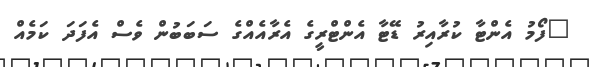
"ފޯމު އެންޓާ ކުރާއިރު ޑޭޓާ އެންޓްރީގެ އެރާއެއްގެ ސަބަބުން ވެސް އެފަދަ ކަމެއް